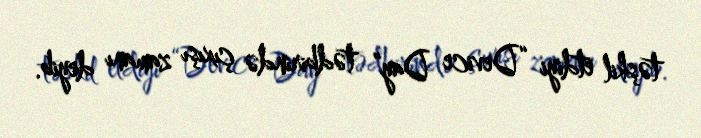
təşkil etdiyi “Device Day” tədbirində çıxışı zamanı deyib.